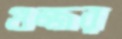
গুজ্জর